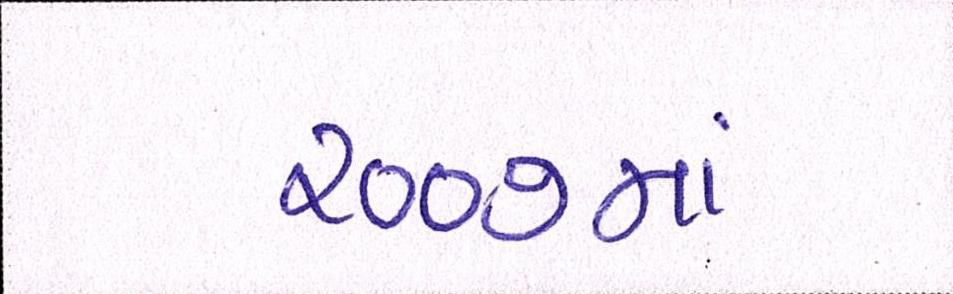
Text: ૨૦૦૭માં